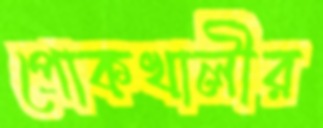
পোকখালীর